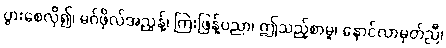
ပွားစေလို၍၊ မဂ်ဖိုလ်အညွန့်၊ ကြဲးဖြန့်ပညာ၊ ဤသည့်စာမူ၊ နောင်လာမှတ်ညီ၊